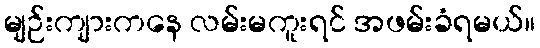
မျဉ်းကျားကနေ လမ်းမကူးရင် အဖမ်းခံရမယ်။